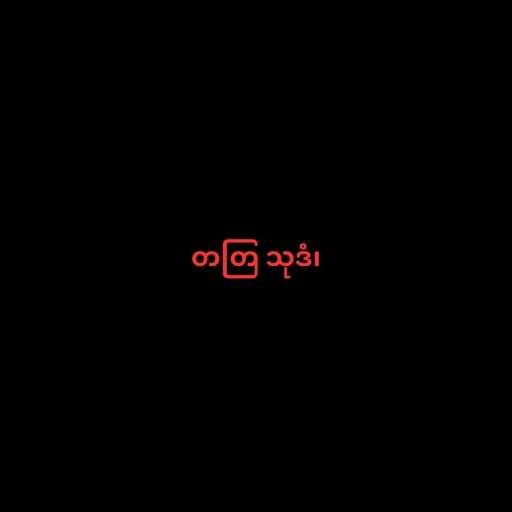
တတြ သုဒံ၊